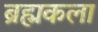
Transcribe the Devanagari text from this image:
ब्रह्मकला